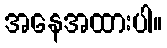
အနေအထားပါ။